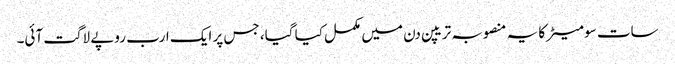
سات سو میٹرکا یہ منصوبہ تریپن دن میں مکمل کیا گیا، جس پر ایک ارب روپے لاگت آئی۔